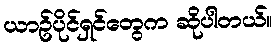
ယာဥ်ပိုင်ရှင်တွေက ဆိုပါတယ်။